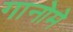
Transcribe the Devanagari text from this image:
गानोमे